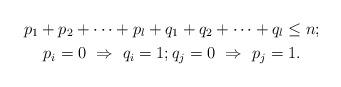
LaTeX: \begin{gather*}p_1+p_2+\dots+p_l+q_1+q_2+\dots+q_l\leq n;\\ p_i=0\ \Rightarrow\ q_i=1;q_j=0\ \Rightarrow\ p_j=1.\end{gather*}